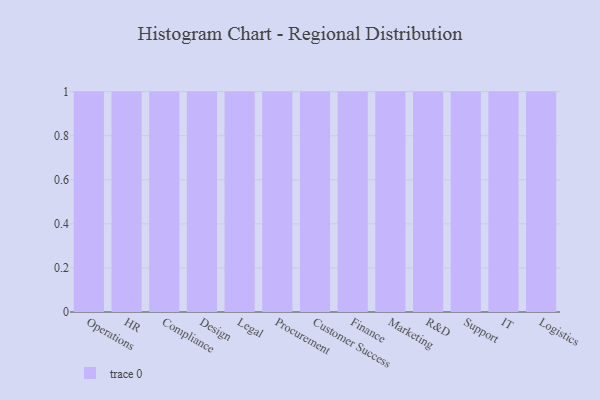
{"axis": {"x": "Department", "y": "Market Share (%)"}, "legend": [""], "data": [{"x": "Operations", "y": 79, "type": ""}, {"x": "HR", "y": 47, "type": ""}, {"x": "Compliance", "y": 6, "type": ""}, {"x": "Design", "y": 22, "type": ""}, {"x": "Legal", "y": 97, "type": ""}, {"x": "Procurement", "y": 86, "type": ""}, {"x": "Customer Success", "y": 97, "type": ""}, {"x": "Finance", "y": 7, "type": ""}, {"x": "Marketing", "y": 9, "type": ""}, {"x": "R&D", "y": 11, "type": ""}, {"x": "Support", "y": 10, "type": ""}, {"x": "IT", "y": 98, "type": ""}, {"x": "Logistics", "y": 74, "type": ""}]}